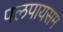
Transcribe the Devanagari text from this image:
पलपायसम